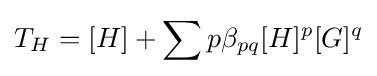
T_{H}=[H]+\sum p\beta _{pq}[H]^{p}[G]^{q}